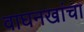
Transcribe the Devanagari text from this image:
वाघनखांचा